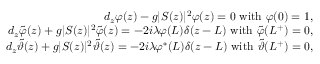
\begin{array} { r l r } & { } & { d _ { z } \varphi ( z ) - g \vert S ( z ) \vert ^ { 2 } \varphi ( z ) = 0 \ \mathrm { w i t h } \ \varphi ( 0 ) = 1 , } \\ & { } & { d _ { z } \tilde { \varphi } ( z ) + g \vert S ( z ) \vert ^ { 2 } \tilde { \varphi } ( z ) = - 2 i \lambda \varphi ( L ) \delta ( z - L ) \ \mathrm { w i t h } \ \tilde { \varphi } ( L ^ { + } ) = 0 , } \\ & { } & { d _ { z } \tilde { \vartheta } ( z ) + g \vert S ( z ) \vert ^ { 2 } \tilde { \vartheta } ( z ) = - 2 i \lambda \varphi ^ { \ast } ( L ) \delta ( z - L ) \ \mathrm { w i t h } \ \tilde { \vartheta } ( L ^ { + } ) = 0 , } \end{array}